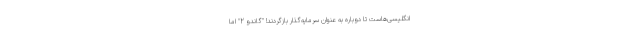
انگلیسی‌هاست تا دوباره به عنوان سرمایه‌گذار بازگردند! "گاندو 2" اما